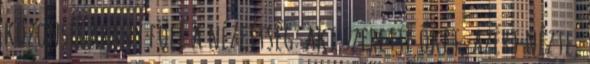
közönségarány fölé a nézettség: aki szerette őket, azért nézte,